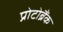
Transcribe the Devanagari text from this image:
प्रोटोब्रैंक